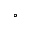
^ \circ